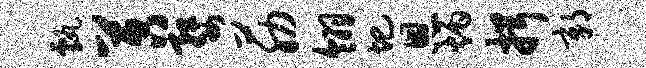
甄苕婺筋翎圯恩炳揖鄣